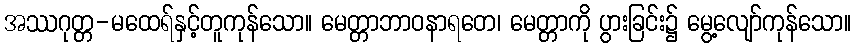
အဿဂုတ္တ-မထေရ်နှင့်တူကုန်သော။ မေတ္တာဘာဝနာရတေ၊ မေတ္တာကို ပွားခြင်း၌ မွေ့လျော်ကုန်သော။